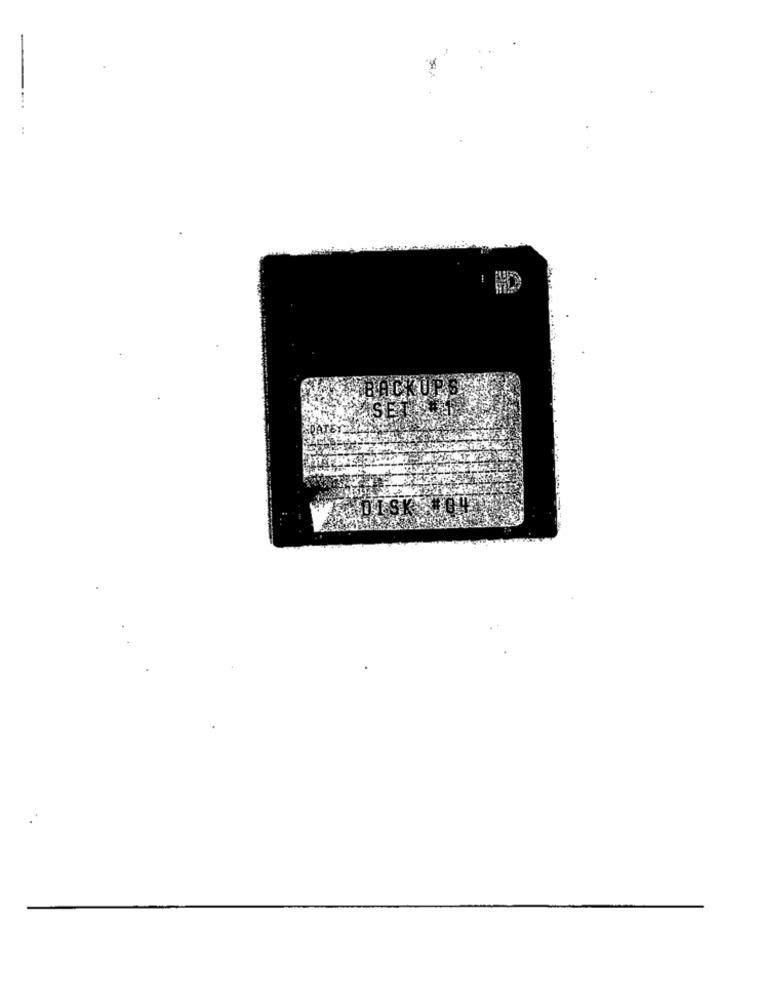
SPATET